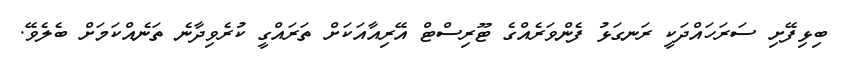
ބިޅިފޭށި ސަރަހައްދަކީ ރަނގަޅު ފެންވަރެއްގެ ޓޫރިސްޓް އޭރިއާއަކަށް ތަރައްގީ ކުރެވިދާނެ ތަނެއްކަމަަށް ބެލެވޭ.